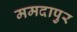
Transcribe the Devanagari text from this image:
ममदापुर